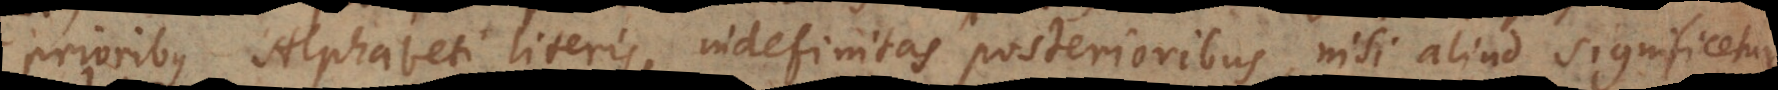
prioribus Alphabeti literis, indefinitas posterioribus, nisi aliud significetur.